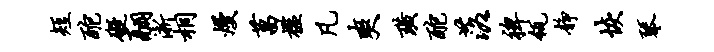
短酡碍翮淅桐熳菖槛凡爽璜酡落裨瓴静恢琴